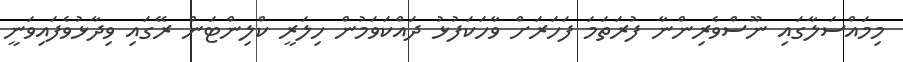
މިމައްސަލާގައި ނޫސްވެރިންނާ ފުރަތަމަ ފަހަރަށް ވާހަކަފުޅު ދައްކަވަމުން ހިލަރީ ކްލިންޓަން ރޭގައި ވިދާޅުވެފައިވަނީ